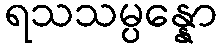
ရသသမ္ပန္နော